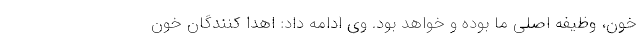
خون، وظیفه اصلی ما بوده و خواهد بود. وی ادامه داد: اهدا کنندگان خون